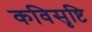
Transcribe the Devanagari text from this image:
कविसृष्टि